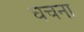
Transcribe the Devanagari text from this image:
घचना